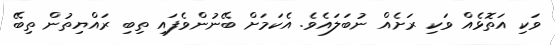
ވަކި އަތޮޅެއް ވަކި ރަށެއް ނުބަލައެވެ. އެކަމަށް ބޭނުންވެފައި ތިބި ރައްޔިތުން ތިބޭ